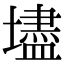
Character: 壗